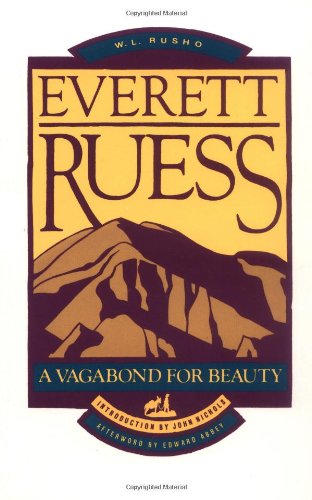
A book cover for Everett Ruess: A Vagabond for Beauty; W.L Rusho; Biographies & Memoirs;